Scottish Leaving Certificate Examination, 1955
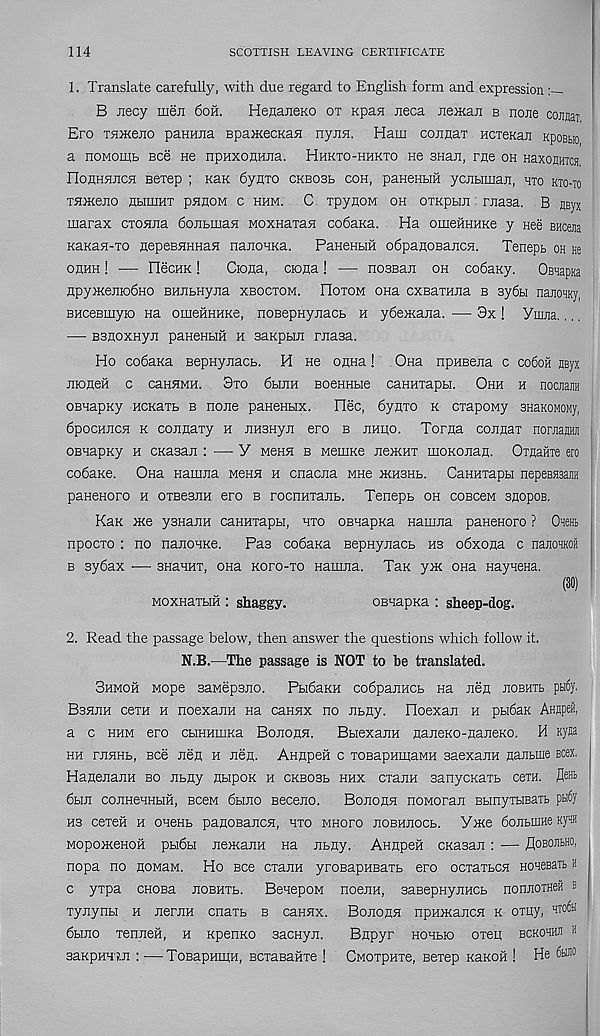
114
SCOTTISH LEAVING CERTIFICATE
1. Translate carefully, with due regard to English form and expression
B Jiecy men 6oh.
HenaneKO ot Kpan neca neiKaji b none coimaT
Ero TSHKeiio paHHna BpaiKecKaH nyEH. Ham connax HcxeKan KpoBtro
a noMomt see He npHxonnjia. Hhkxo-hhkxo ne SHan, rue oh HaxojHTcs
rioHHflJicH Bexep ; Kan dynxo ckbosl coh, paHenbiii yciiLimaji, hto kto-to
xHiKeno nbimHX pnnoM c hhm. C xpyuoM oh oxKpbm: rnasa. B fleyx
marax cxoana dojibrnan Moxnaxan codaKa. Ha omeiiHHKe y Hee BHcena
KaxaH-xo nepeBHHHaH nanoHKa.
PaHeHHH odpaHOBancH. Teneps oh He
ohhh ! — FlecHK!
Ciofla, ciona! —- nosBan oh codaKy. OsnapKa
npyiKemodHO BHJibHyiia xbocxom. Hoxom ona cxEaxmia b 3y6bi najioHKy,
BHceBmyio na omeiiHHKe, nosepHyiiacb h ySemana. — 3x! Ynijia.
— BsnoxHyji paHeHHH h aaKpbm rnasa.
Ho codaKa BepHynacb. H He oana! Ona npHBena c co6oh HByx
moneH c canHMH. 3xo dbrnu BoeHHbie canHxapbi. Ohh h nocjiajiH
OBHapKy HCKaxb b none paHenbix. Dec, dyaxo k cxapony 3HaKOMOMy,
dpocHiicH k connaxy h EHBHyn ero b hhiio. Torna connax noraajHji
OBHapKy h CKasan : — Y mchh b MemKe ne>KHX moKonaH. OmaHTe ero
codaKe. Ona Hamna mchh h cnaciia mhb ikhshb. CanHxapbi nepeeHsajin
paHenoro h OTBesiiH ero b rocnaxaiib. Tenepb oh coBceM snopoB.
Kan xte ysHanH canHxapbi, hxo OBHapna namEa paHenoro ? Om
npocxo : no nanoHKe.
Pas codaKa BepHynacb hs odxona c nanom
b sydax — snaHHX, ona Koro-xo Hamna. Tax yxc ona HayneHa.
(30)
MoxHaxbiii: shaggy.
oBnapKa : sheep-dog.
2. Read the passage below, then answer the questions which follow it.
N.B.—The passage is NOT to he translated.
Shmoh Mope saMepsiio. PbidaKH codpanHCb Ha Ren KOBHTb pti6y.
Bshjih cexH h noexann na caHHx no EbHy. Hoexan h pbidaK AHflpeii,
a c hhm ero CHHHiiiKa Boeohh.
BbiexanH naneKO-naneKO. H Kyja
hh rnHHb, Bee lien h Ren. AHnpeii c xoBapumaMH saexanH flanbrae ecex.
HanenanH bo iibny nbipox h ckbosb hhx cxaiiH sanycKaxb cetH. flenb
dbra coEHeHHbiii, bccm dbmo seceno.
Boeobh noMoran BbinyxHBaTb pnOy
hs cexeii h oneKb panoBancH, hto mhoxo eobheocb. Yxce donbiuHe Kynn
MopoiKeHOH pbidbi nemanH na Ebny. AHupefi cnasan : — Eobohbho,
nopa no nonaM. Ho Bee cxaiiH yroBapHBaxb ero ocxaxbCH HOHesaTb h
c yxpa CHOBa eoehtb. BenepoM noenn, sasepHyEHCb nonnoTHeH b
xynynbi h nernH cnaxb b caHHx. Boeokh npHOKancH k oxuy, HT0( ®
dbmo xenneH, h xpenKO sacnyE.
Bnpyr hohbk) oxen bckohhji h
3axpHH'?.E : — TosapHiiiH, BCxaBaiiTe ! CMOxpHxe, Bexep xaKOH ! He too